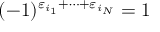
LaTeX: ( - 1 ) ^ { \varepsilon _ { i _ { 1 } } + \dots + \varepsilon _ { i _ { N } } } = 1